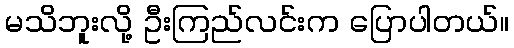
မသိဘူးလို့ ဦးကြည်လင်းက ပြောပါတယ်။